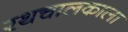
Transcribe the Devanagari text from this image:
रथचालकाला